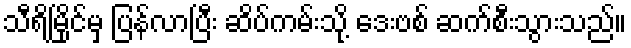
သီရိမြိုင်မှ ပြန်လာပြီး ဆိပ်ကမ်းသို့ ဒေးဗစ် ဆက်စီးသွားသည်။